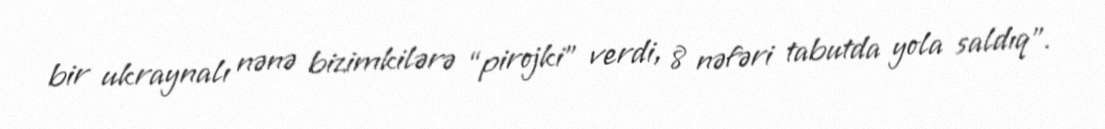
bir ukraynalı nənə bizimkilərə “pirojki” verdi, 8 nəfəri tabutda yola saldıq”.